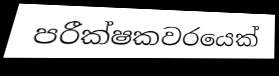
පරීක්ෂකවරයෙක්